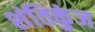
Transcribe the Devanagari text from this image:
शंतिकुंज